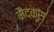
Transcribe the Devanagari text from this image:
मैदक्स